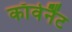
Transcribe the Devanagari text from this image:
काॅवेनैंट